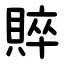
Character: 賥